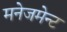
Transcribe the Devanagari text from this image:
मनेजमेन्ट